Lunatic asylums Central Provinces reports 1874-1885 - 1874-1885
Year: 1874
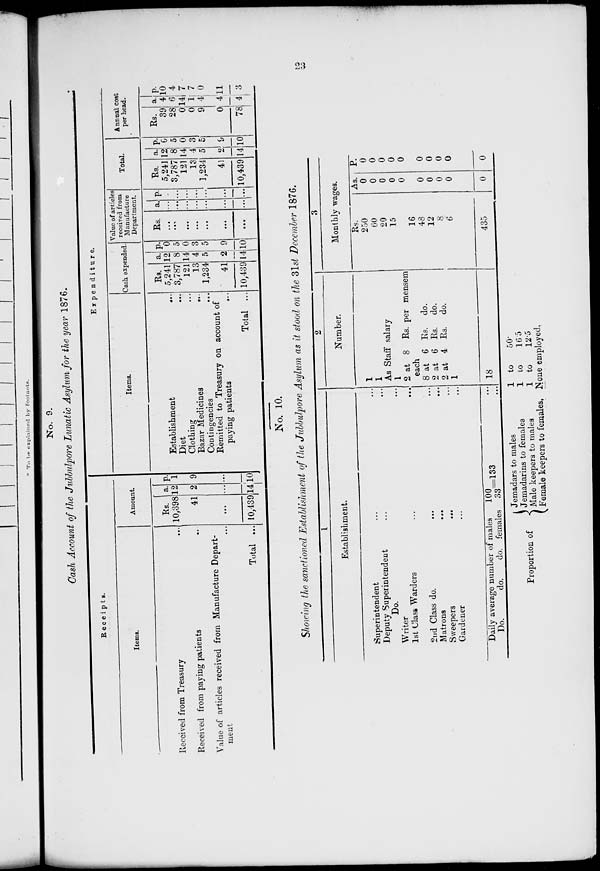
23
No. 9.
Cash Account of the Jubbulpore Lunatic Asylum for the year 1876.
Receipts.
Items.
Received from Treasury ...
Received from paying patients ...
Value of articles received from Manufacture Depart-
ment ...
Total ...
Amount.
Rs.
10,398
41
...
10,439
a.
12
2
...
14
p.
1
9
...
10
Expenditure.
Items.
Establishment
...
Diet ...
Clothing ...
Bazar Medicines
...
Contingencies ...
Remitted to Treasury on account of
paying patients
...
Total ...
Cash expended.
Rs.
5,241
3,787
121
13
1,234
41
10,439
a.
12
8
14
4
5
2
14
p.
0
5
0
3
5
9
10
Value of articles
received from
Manufacture
Department.
Rs.
...
...
...
...
...
...
...
a.
...
...
...
...
...
...
...
p.
...
...
...
...
...
...
...
Total.
Rs.
5,241
3,787
121
13
1,234
41
10,439
a.
12
8
14
4
5
2
14
p.
0
5
0
3
5
9
10
Annual cost
per head.
Rs.
39
28
0
0
9
0
78
a.
4
6
14
1
4
4
4
p.
10
4
7
7
0
11
3
No. 10.
Showing the sanctioned Establishment of the Jubbulpore Asylum as it stood on the 31st December 1876.
1
Establishment.
Superintendent ... ...
Deputy Superintendent ... ...
Do. ... ...
Writer ... ...
1st Class Warders ...
2nd Class do. ... ...
Matrons
...
...
Sweepers
...
...
Gardener ... ...
Daily average number of males
100 = 133 ...
Do.
do.
do. females 33 ...
2
Number.
1
1
As Staff salary
1
2 at 8 Rs. per mensem
each
8 at 6 Rs. do.
2 at 6 Rs. do.
2 at 4 Rs. do.
1
18
3
Monthly wages.
Rs.
250
60
20
15
16
48
12
8
6
435
As.
0
0
0
0
0
0
0
0
0
0
P.
0
0
0
0
0
0
0
0
0
0
Proportion of
Jemadars to males
Jemadarins to females
Male keepers to males
Female keepers to females.
1 to
50.
1
to
16.5
1 to
12.5
None employed.